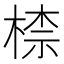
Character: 㮏